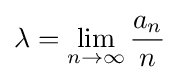
\lambda =\lim _{n\to \infty }{\frac {a_{n}}{n}}